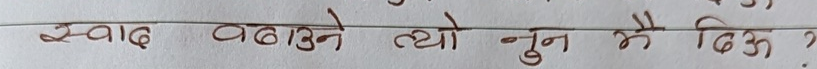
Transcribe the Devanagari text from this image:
स्वाद बढाउने त्यो नुन भै दिऊ ?